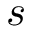
s